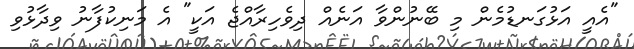
"އެއީ އަޅުގަނޑުމެން މި ބޭނުންވާ އަނެއް ދިވެހިރާއްޖެ އަކީ" އެ މަނިކުފާނު ވިދާޅުވި